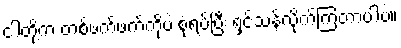
ငါတို့က တစ်ဖက်ဖက်ကိုပဲ စုံရပ်ပြီး ရှင်သန်လိုက်ကြတာပါပဲ။